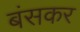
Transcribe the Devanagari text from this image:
बंसकर